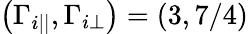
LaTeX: \left(\Gamma_{i||},\Gamma_{i\perp}\right)=\left(3,7/4\right)